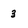
Character: 3